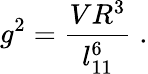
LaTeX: g^{2}=\frac{VR^{3}}{l_{11}^{6}}\; .